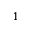
_ { 1 }